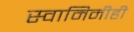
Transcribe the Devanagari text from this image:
स्वामिनीही